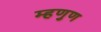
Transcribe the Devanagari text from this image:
म्हणुण